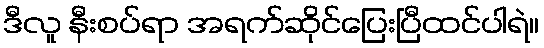
ဒီလူ နီးစပ်ရာ အရက်ဆိုင်ပြေးပြီထင်ပါရဲ။